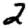
Digit: 2